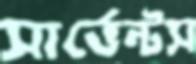
সার্ভেন্টস